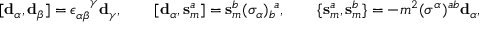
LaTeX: [ \mathbf { d } _ { \alpha } , \mathbf { d } _ { \beta } ] = \epsilon _ { \alpha \beta } ^ { ~ ~ ~ \! \gamma } \mathbf { d } _ { \gamma } , \qquad [ \mathbf { d } _ { \alpha } , \mathbf { s } _ { m } ^ { a } ] = \mathbf { s } _ { m } ^ { b } ( \sigma _ { \alpha } ) _ { b } ^ { ~ a } , \qquad \{ \mathbf { s } _ { m } ^ { a } , \mathbf { s } _ { m } ^ { b } \} = - m ^ { 2 } ( \sigma ^ { \alpha } ) ^ { a b } \mathbf { d } _ { \alpha } ,